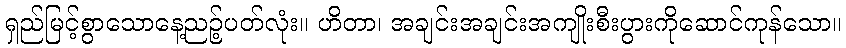
ရှည်မြင့်စွာသောနေ့ညဉ့်ပတ်လုံး။ ဟိတာ၊ အချင်းအချင်းအကျိုးစီးပွားကိုဆောင်ကုန်သော။